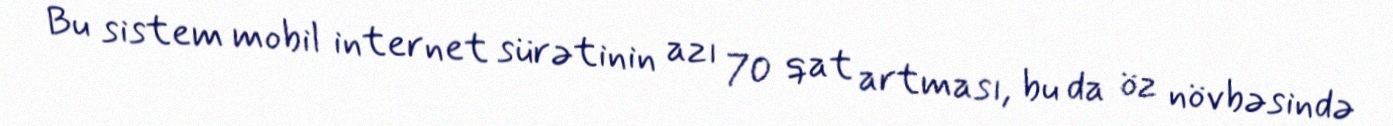
Bu sistem mobil internet sürətinin azı 70 qat artması, bu da öz növbəsində